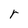
Character: r